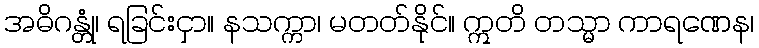
အဓိဂန္တုံ၊ ရခြင်းငှာ။ နသက္ကာ၊ မတတ်နိုင်။ ဣတိ တသ္မာ ကာရဏေန၊